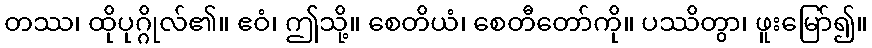
တဿ၊ ထိုပုဂ္ဂိုလ်၏။ ဧဝံ၊ ဤသို့။ စေတိယံ၊ စေတီတော်ကို။ ပဿိတွာ၊ ဖူးမြော်၍။